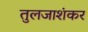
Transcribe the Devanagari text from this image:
तुलजाशंकर